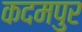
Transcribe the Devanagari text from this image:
कदमपुर